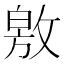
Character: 敫